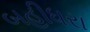
બહીધરા